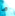
ما